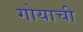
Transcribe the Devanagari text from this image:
गोयाची